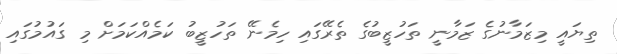
ތިޔައީ މިޒަމާނުގެ ޒަމާނީ ތަހުޒީބުގެ ތެރޭގައި ހިމެނޭ ތަހުޒީބު ކަމެއްކަމަށް މި ގައުމުގައި